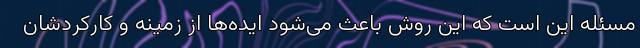
مسئله این است که این روش باعث می‌شود ایده‌ها از زمینه و کارکردشان